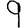
Digit: 9